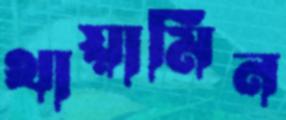
থায়ামিন